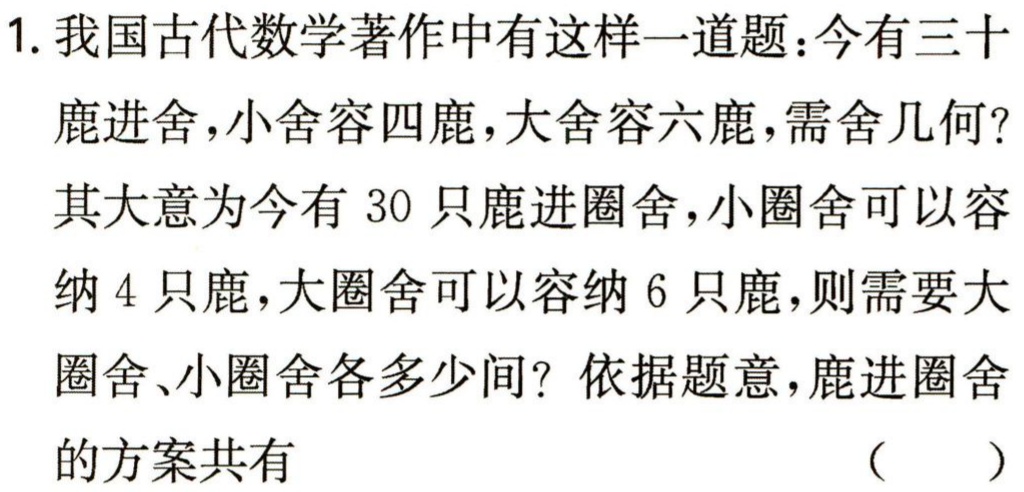
1. 我国古代数学著作中有这样一道题：今有三十

鹿进舍，小舍容四鹿，大舍容六鹿，需舍几何？

其大意为今有 30 只鹿进圈舍，小圈舍可以容

纳 4 只鹿，大圈舍可以容纳 6 只鹿，则需要大

圈舍、小圈舍各多少间？依据题意，鹿进圈舍

的方案共有 （  ）